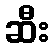
ဆီး